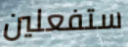
ستفعلين